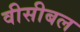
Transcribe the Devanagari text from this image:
वीसीबल